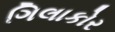
ગિલાકોર